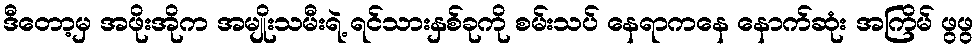
ဒီတော့မှ အဖိုးအိုက အမျိုးသမီးရဲ့ ရင်သားနှစ်ခုကို စမ်းသပ် နေရာကနေ နောက်ဆုံး အကြိမ် ဖွဖွ